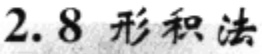
2.8 形积法